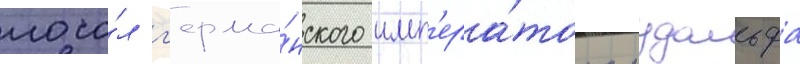
посо́л г'ерма́нского имп'ера́тора рудольфа